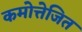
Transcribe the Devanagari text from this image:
कमोत्तेजित